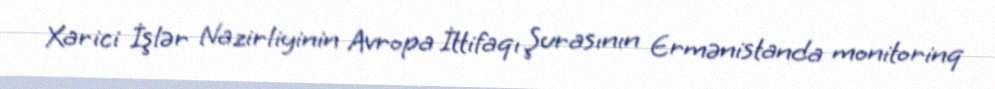
Xarici İşlər Nazirliyinin Avropa İttifaqı Şurasının Ermənistanda monitorinq